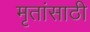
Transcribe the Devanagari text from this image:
मृतांसाठी